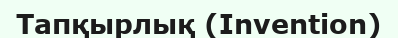
Тапқырлық (Invention)